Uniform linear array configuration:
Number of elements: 64
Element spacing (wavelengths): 0.75
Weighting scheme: blackman
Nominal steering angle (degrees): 60
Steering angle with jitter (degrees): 59.508
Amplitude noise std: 0.05
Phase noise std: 0.05

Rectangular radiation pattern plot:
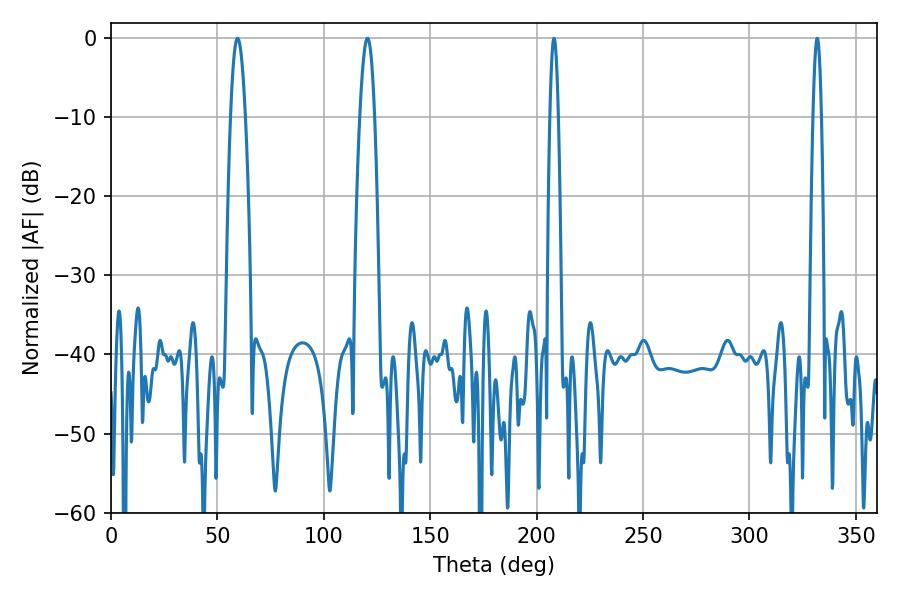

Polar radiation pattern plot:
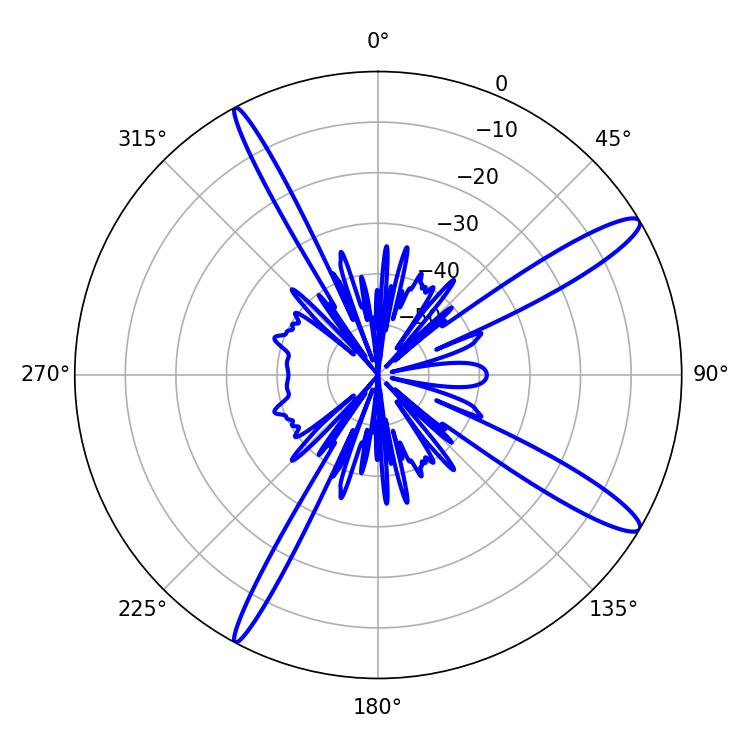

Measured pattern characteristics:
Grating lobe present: TRUE
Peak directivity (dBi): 13.682
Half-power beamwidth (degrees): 3.78
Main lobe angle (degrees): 59.4